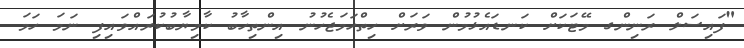
"ފައިސަލް ރަނިންގ މޭޓަކަށް ކަނޑައެޅުމުން ވަރަށް ހިތްހަމަޖެހުނު އިންތިހާބު ކާމިޔާބުކުރައްވައިފި ނަމަ ހަމަ